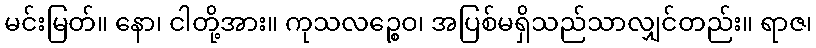
မင်းမြတ်။ နော၊ ငါတို့အား။ ကုသလဉ္စေဝ၊ အပြစ်မရှိသည်သာလျှင်တည်း။ ရာဇ၊